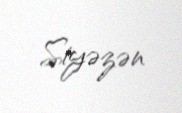
Siyəzən